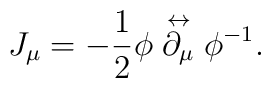
J_{\mu}=-\frac{1}{2}\phi\stackrel{\leftrightarrow}{\partial_{\mu}}\phi^{-1}.